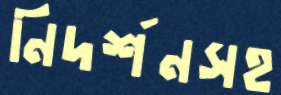
নিদর্শনসহ